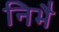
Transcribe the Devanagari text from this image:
निभै